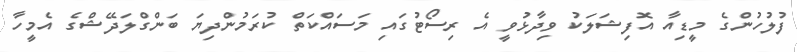
ފުލުހުންގެ މީޑިއާ އޮފިޝަލަކު ވިދާޅުވީ އެ ރިސޯޓުގައި މަސައްކަތް ކުރަމުންދިޔަ ބަންގްލަދޭޝްގެ އެމީހާ